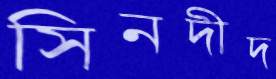
সিনদীদ